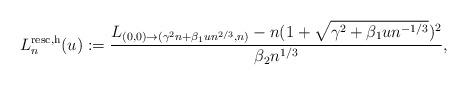
LaTeX: \begin{align*}L^{\rm resc,h}_n(u):=\frac{L_{(0,0)\to(\gamma^2 n+ \beta_1 u n^{2/3},n)}- n(1+\sqrt{\gamma^2+ \beta_1 u n^{-1/3}})^2}{\beta_2 n^{1/3}},\end{align*}